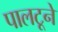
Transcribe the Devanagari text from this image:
पालटूने